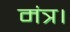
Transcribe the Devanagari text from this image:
मंत्र।